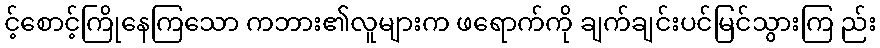
င့်စောင့်ကြိုနေကြသော ကဘား၏လူများက ဖရောက်ကို ချက်ချင်းပင်မြင်သွားကြ ည်း